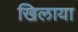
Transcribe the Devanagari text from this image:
खिलाया